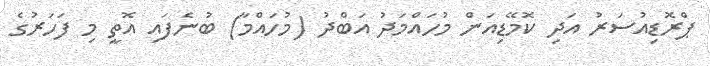
ޕްރޮޑިއުސަރު އަދި ކޮމޭޑިއަން މުހައްމަދު އަބްދު (މުހައްމާ) ބުނެފައި އޮތީ މި ފަހަރުގެ